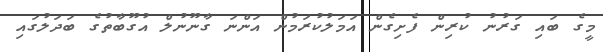
މީގެ ބައި ގަރުނު ކުރިން ފެށިގެން އަމަލުކުރަމުން އަންނަ ގާނޫނުލް އުގޫބާތުގެ ބަދަލުގައި